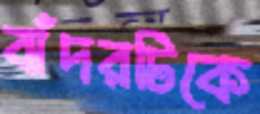
বাঁদরটিকে